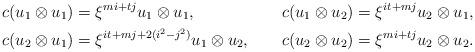
LaTeX: \begin{align*}c(u_1\otimes u_1)&= \xi^{mi+tj} u_1\otimes u_1, & c(u_1\otimes u_2)&= \xi^{it+mj} u_2\otimes u_1, \\ c(u_2\otimes u_1)&= \xi^{it+mj + 2(i^{2}-j^{2})} u_1\otimes u_2, &c(u_2\otimes u_2)&= \xi^{mi+tj} u_2\otimes u_2.\end{align*}